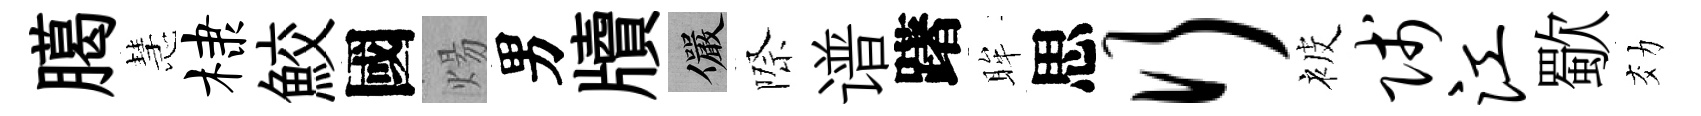
臈慧棣鮫國煬男牘儼際谱躇眸思行被贱江歜効